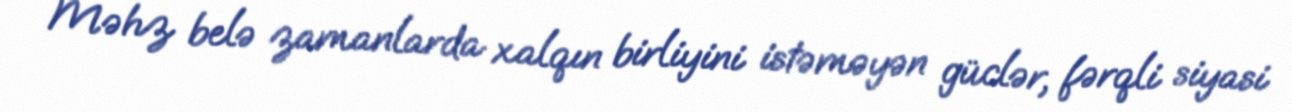
Məhz belə zamanlarda xalqın birliyini istəməyən güclər, fərqli siyasi